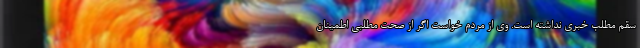
سقم مطلب خبری نداشته است. وی از مردم خواست اگر از صحت مطلبی اطمینان